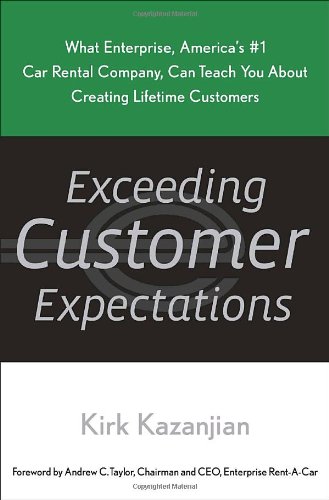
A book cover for Exceeding Customer Expectations: What Enterprise, America's #1 car rental company, can teach you about creating lifetime customers; Kirk Kazanjian; Business & Money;